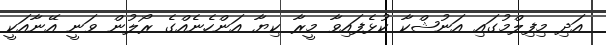
އަދި މިފިލްމުގައި އަނުޝްކާ ކުޅެފައިވާ މީރާ ކިޔާ އަންހެނެއްގެ ރޯލުން ވަނީ އޭނާއަކީ